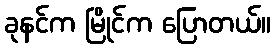
ခုနင်က မြိုင်က ပြောတယ်။